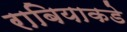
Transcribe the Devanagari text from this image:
राबियाकडे